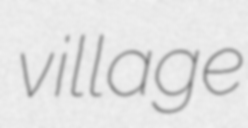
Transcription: village